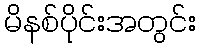
မိနစ်ပိုင်းအတွင်း